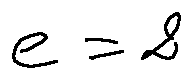
e = 2